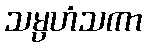
သမ္ပဟံသကာ